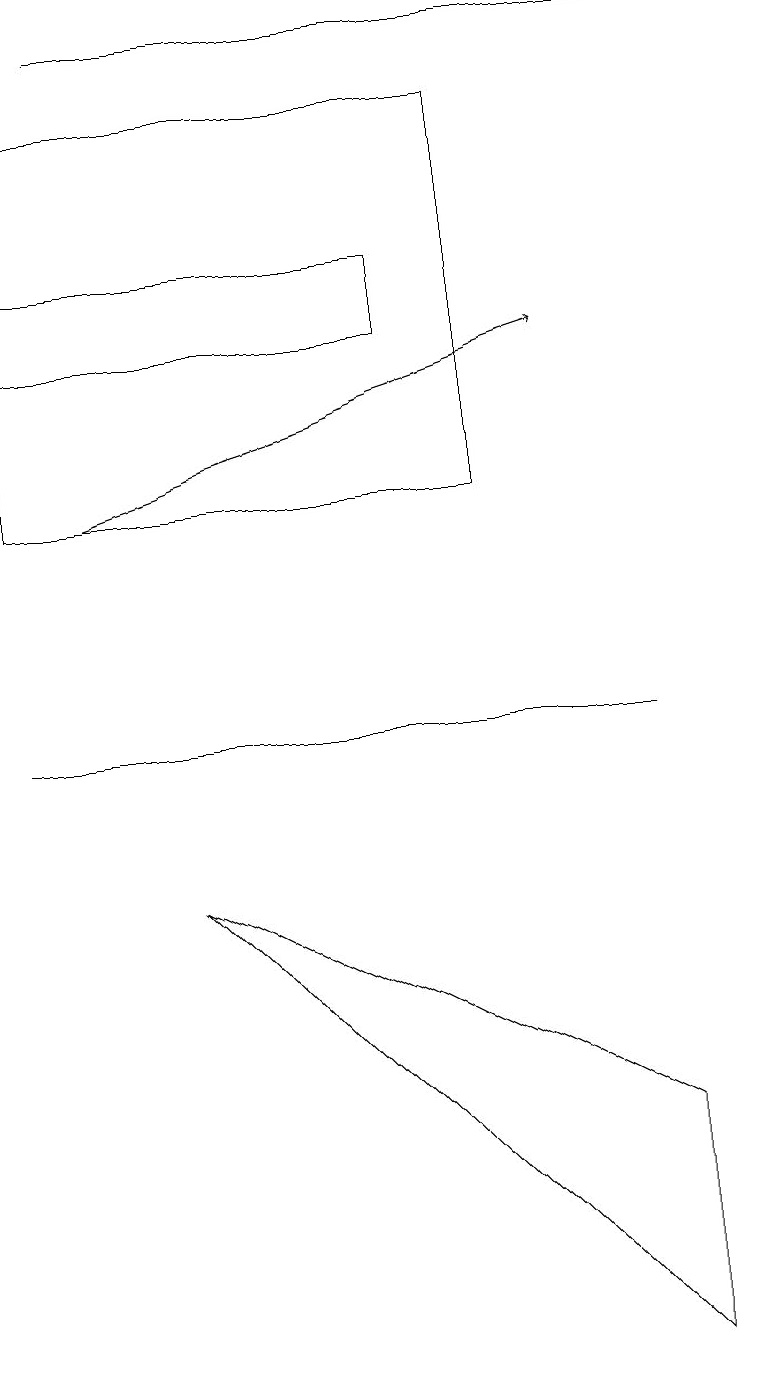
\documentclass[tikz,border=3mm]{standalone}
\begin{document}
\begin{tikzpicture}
\draw[->] (1,12) -- (7,14);
\draw (5,15) rectangle (0,14);
\draw (6,17) rectangle (0,12);
\draw (2,7) -- (8,4) -- (8,1) -- cycle;
\draw (9,18) rectangle (1,18);
\draw (0,9) -- (4,9) -- (8,9) -- cycle;
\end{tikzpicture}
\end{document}